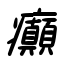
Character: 癲